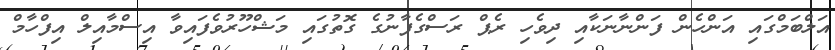
އަލްބަމްގައި އަންހެން ފަންނާނަކާއި ދިވެހި ރެޕް ރަސްގެފާނުގެ ގޮތުގައި މަޝްހޫރުވެފައިވާ އިސްމާއިލް އިފްހާމް